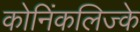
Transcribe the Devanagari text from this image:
कोनिंकलिज्के